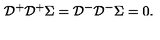
{ \cal D } ^ { + } { \cal D } ^ { + } \Sigma = { \cal D } ^ { - } { \cal D } ^ { - } \Sigma = 0 .